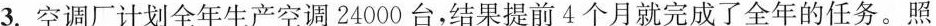
3.空调厂计划全年生产空调24000台，结果提前4个月就完成了全年的任务。照